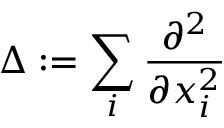
\Delta : = \sum _ { i } \frac { \partial ^ { 2 } } { \partial x _ { i } ^ { 2 } }